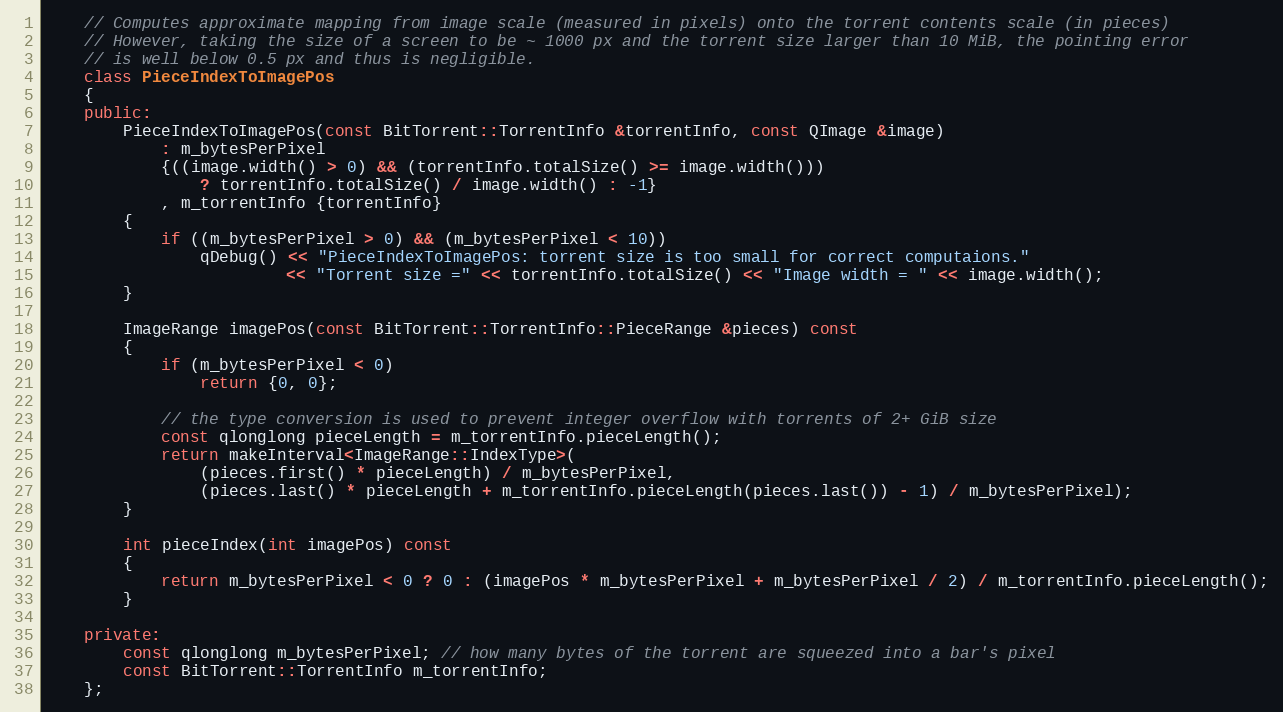
Language: C++
    // Computes approximate mapping from image scale (measured in pixels) onto the torrent contents scale (in pieces)
    // However, taking the size of a screen to be ~ 1000 px and the torrent size larger than 10 MiB, the pointing error
    // is well below 0.5 px and thus is negligible.
    class PieceIndexToImagePos
    {
    public:
        PieceIndexToImagePos(const BitTorrent::TorrentInfo &torrentInfo, const QImage &image)
            : m_bytesPerPixel
            {((image.width() > 0) && (torrentInfo.totalSize() >= image.width()))
                ? torrentInfo.totalSize() / image.width() : -1}
            , m_torrentInfo {torrentInfo}
        {
            if ((m_bytesPerPixel > 0) && (m_bytesPerPixel < 10))
                qDebug() << "PieceIndexToImagePos: torrent size is too small for correct computaions."
                         << "Torrent size =" << torrentInfo.totalSize() << "Image width = " << image.width();
        }

        ImageRange imagePos(const BitTorrent::TorrentInfo::PieceRange &pieces) const
        {
            if (m_bytesPerPixel < 0)
                return {0, 0};

            // the type conversion is used to prevent integer overflow with torrents of 2+ GiB size
            const qlonglong pieceLength = m_torrentInfo.pieceLength();
            return makeInterval<ImageRange::IndexType>(
                (pieces.first() * pieceLength) / m_bytesPerPixel,
                (pieces.last() * pieceLength + m_torrentInfo.pieceLength(pieces.last()) - 1) / m_bytesPerPixel);
        }

        int pieceIndex(int imagePos) const
        {
            return m_bytesPerPixel < 0 ? 0 : (imagePos * m_bytesPerPixel + m_bytesPerPixel / 2) / m_torrentInfo.pieceLength();
        }

    private:
        const qlonglong m_bytesPerPixel; // how many bytes of the torrent are squeezed into a bar's pixel
        const BitTorrent::TorrentInfo m_torrentInfo;
    };